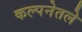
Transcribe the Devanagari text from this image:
कल्पनेतले